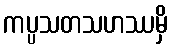
ကပ္ပသတသဟဿမှိ